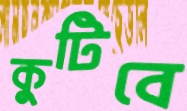
কুটিবে